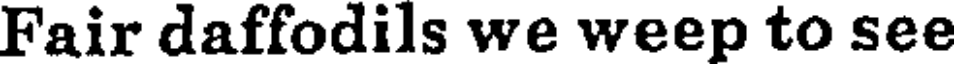
Fair daffodils we weep to see